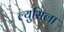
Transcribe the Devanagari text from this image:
ल्युसिला